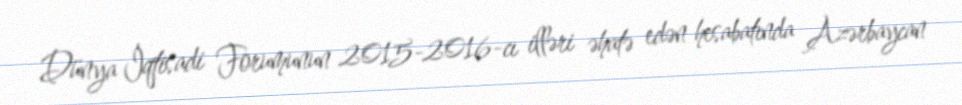
Dünya İqtisadi Forumunun 2015-2016-cı illəri əhatə edən hesabatında Azərbaycan